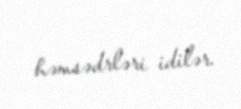
həmsədrləri idilər.